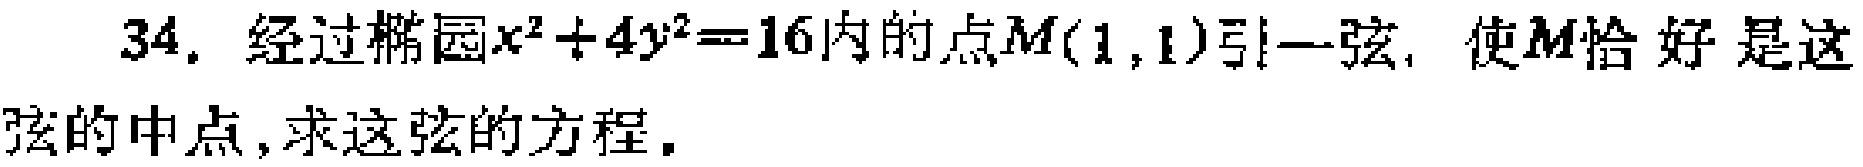
34. 经过椭圆$x^{2}+4y^{2}=16$内的点$M(1,1)$引一弦，使$M$恰好是这弦的中点，求这弦的方程。